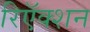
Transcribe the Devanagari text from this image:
रिऍक्शन